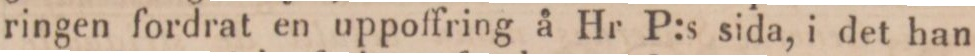
ringen fordrat en uppoffring å Hr P:s sida, i det han